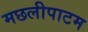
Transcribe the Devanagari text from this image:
मछलीपाटम